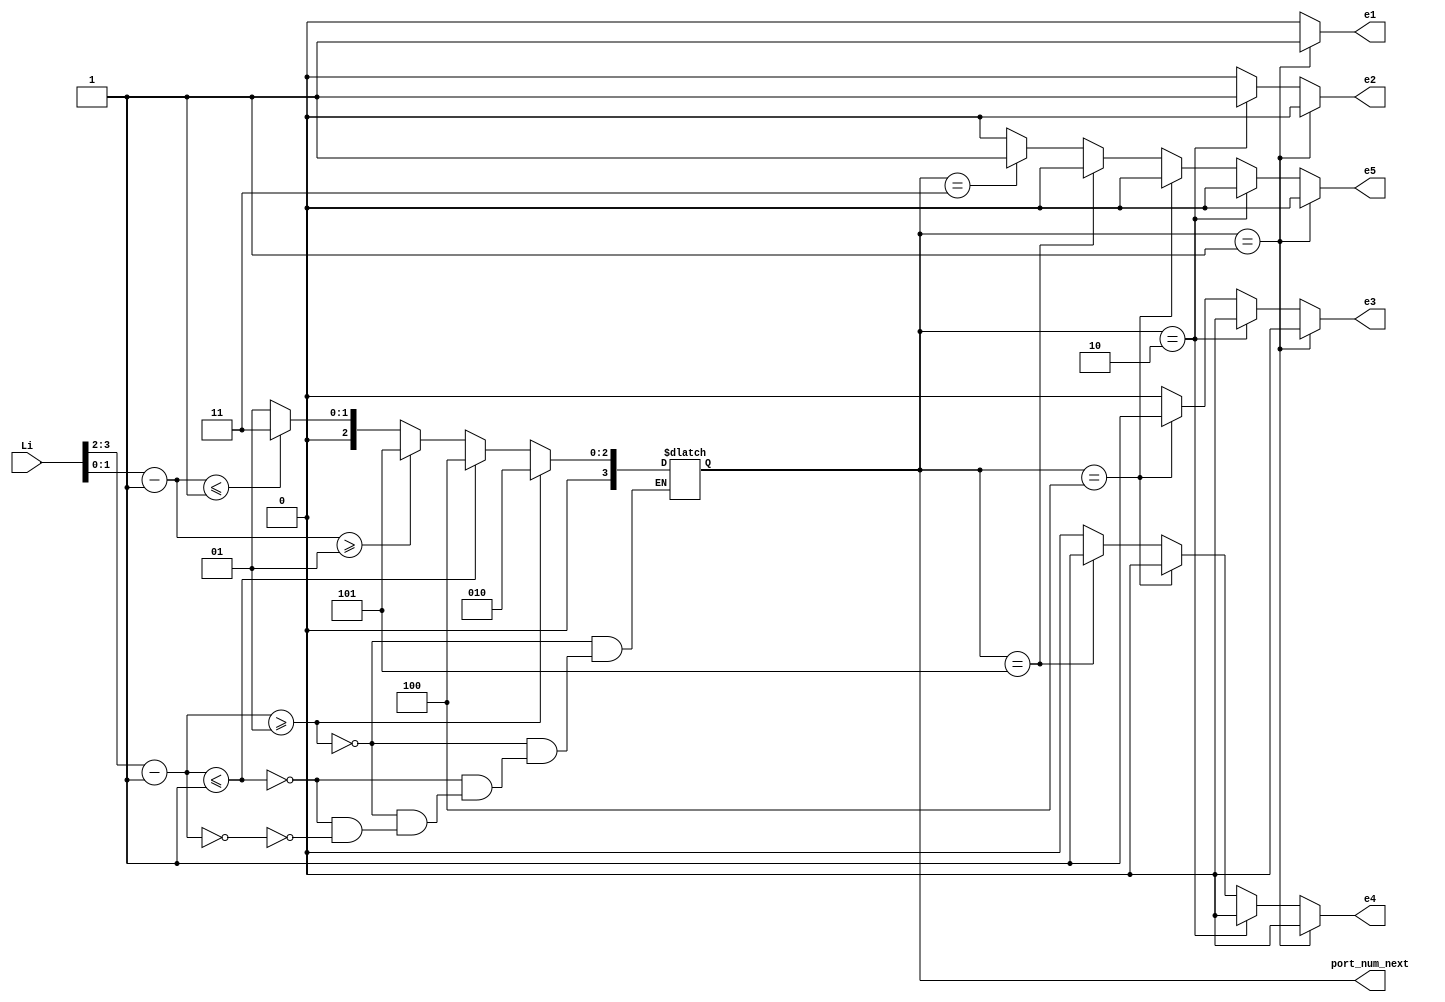
`timescale 1ns / 1ps
//////////////////////////////////////////////////////////////////////////////////
// Company: 
// Engineer: 
// 
// Design Name: 
// Module Name:    compute0 
// Project Name: 
// Target Devices: 
// Tool versions: 
// Description: 
//
// Dependencies: 
//
// Revision: 
// Revision 0.01 - File Created
// Additional Comments: 
//
//////////////////////////////////////////////////////////////////////////////////
module computeR30( Li,port_num_next, e1,e2,e3,e4,e5
		); //,);

input wire[7:0] Li;
//input clk, rst;
//output [3:0] Lo, Eo, Wo, No, So;
output [3:0] port_num_next;
wire [3:0]  Lo, Eo, Wo, No, So;
output reg e1,e2,e3,e4,e5;

  assign Lo    =        3'd1;  
assign Eo  =          3'd2;
   assign No    =        3'd3;  
    assign Wo    =        3'd4;  
  assign So   =         3'd5;  
   //assign HDR_FLIT =  2'b10;
 //  assign BODY_FLIT = 2'b00;
  // assign  TAIL_FLIT = 2'b01;
	 
	localparam X_NODE_NUM                    =    4;
   localparam Y_NODE_NUM                    =    4;
   localparam X_NODE_NUM_WIDTH            =    2;
   localparam Y_NODE_NUM_WIDTH            =    2;
	localparam X_S_Adress                  = 3'b01;
	localparam Y_S_Adress                  = 3'b01;
	
	// input   
	wire  [X_NODE_NUM_WIDTH-1        :0]    dest_x_node_in;
//    input  
	wire   [Y_NODE_NUM_WIDTH-1        :0]    dest_y_node_in;
	//output    [3:0]    port_num_out;
	reg [3:0]    port_num_next;
    
	  wire signed [X_NODE_NUM_WIDTH        :0] xc;//current
    wire signed [X_NODE_NUM_WIDTH        :0] xd;//destination
    wire signed [Y_NODE_NUM_WIDTH        :0] yc;//current
    wire signed [Y_NODE_NUM_WIDTH        :0] yd;//destination
    wire signed [X_NODE_NUM_WIDTH        :0] xdiff;
    wire signed [Y_NODE_NUM_WIDTH        :0] ydiff;
    
	 assign dest_y_node_in=Li[1:0];
	 assign dest_x_node_in=Li[3:2];
	 
    assign     xc     =X_S_Adress [X_NODE_NUM_WIDTH-1        :0];
    assign     yc     =Y_S_Adress[Y_NODE_NUM_WIDTH-1        :0];
    assign    xd        =dest_x_node_in;
    assign    yd     = dest_y_node_in;
    assign     xdiff    = xd-xc;
    assign    ydiff    = yd-yc;
    
	 
    
    always@(*)begin
     // port_num_next    = Lo;
    /*       if                (xdiff    >  1)        port_num_next    = Eo;
         else if        (xdiff    < -1)        port_num_next    = Wo;
            else if        (xdiff    ==    1 || xdiff    ==    -1     )
			begin
                if            (ydiff    >= 1)        port_num_next    = So;
                else if     (ydiff    ==    0)        port_num_next    = Lo;
                else                                 port_num_next    = No;
           end  // xdiff    ==    1 || xdiff    ==    -1     
            else begin //xdiff ==0
              if            (ydiff    >    1)        port_num_next    = So;
                else if    (ydiff    ==    1)        port_num_next    = Lo;
            //   else if    (ydiff    ==-1)        port_num_next    = L;
                else if    (ydiff    <= -1)        port_num_next    = No;
               else                                 port_num_next    = 1'bx; //xdiff ==0
          end //else
    end */
	 /*
	 port_num_next    = Lo;
	// port_num_next	= LOCAL;
			if				(xdiff	> 0)		port_num_next	= Eo;
			else if		(xdiff	< 0)		port_num_next	= Wo;
			else begin
				if			(ydiff	> 0)		port_num_next	= So;
				else if 	(ydiff	< 0)		port_num_next	= No;
			end 
 
    end */
	 
	 if (xdiff>=1)      
			                begin
			                port_num_next    = Eo;
								$display("Router R3 east port", port_num_next);
								  end
			                
         else if(xdiff<=-1)      
			                   begin 
 									 port_num_next    = Wo;
									 	$display("Router R3 west port", port_num_next);
			                   end
         else  if(xdiff==0)
                    			 begin 
                                 if  (ydiff>=1)    
											 begin    
											  port_num_next    = So;
											  	$display("Router R3 south port", port_num_next);
											  end
				                    else if (ydiff<=-1)     
                     				 begin  
											  port_num_next    = No;
											  	$display("Router R3 north port", port_num_next);
											 end
						             else 
                                   begin			 
			              port_num_next    = Lo; 
			            	$display("Router R3 local port", port_num_next);
			              end
        
          end
			 
			end
	 
	 //assign    port_num_out= port_num_next;
	 always@(*)begin
	 if(port_num_next== Lo)  begin 
	 e1=1; 
	 e2=0;
	 e3=0;
	 e4=0;
	 e5=0;
	 end
	else if (port_num_next== Eo) begin e1=0; 
	 e2=1;
	 e3=0;
	 e4=0;
	 e5=0;
	 end
	else if (port_num_next==Wo) 
	begin 
	 e1=0; 
	 e2=0;
	 e3=1;
	 e4=0;
	 e5=0;
	 end
	else if(port_num_next==So) begin e1=0; 
	 e2=0;
	 e3=0;
	 e4=1;
	 e5=0;
	 end
 else    if(port_num_next==No)   begin e1=0; 
	 e2=0;
	 e3=0;
	 e4=0;
	 e5=1;
 end
 else begin e1=0; 
	 e2=0;
	 e3=0;
	 e4=0;
	 e5=0;
 end 
 end 


endmodule